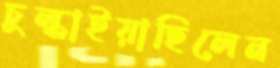
চুল্‌কাইয়াছিলেন